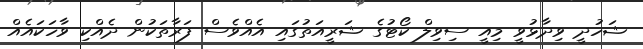
ޝަހުދީ ވިދާޅުވީ މިއީ ސިވިލް ކޯޓުުގެ ޝަރީއަތުގައި އެއްވެސް ފަރާތަކުން ދެއްކި ވާހަކައެއް